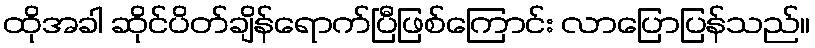
ထိုအခါ ဆိုင်ပိတ်ချိန်ရောက်ပြီဖြစ်ကြောင်း လာပြောပြန်သည်။